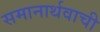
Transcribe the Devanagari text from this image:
समानार्थवाची